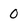
Character: 0